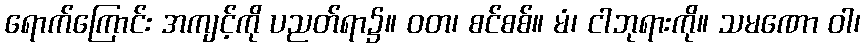
ရောက်ကြောင်း အကျင့်ကို ပညတ်ရာ၌။ ဝတ၊ စင်စစ်။ မံ၊ ငါဘုရားကို။ သမဏော ဝါ၊